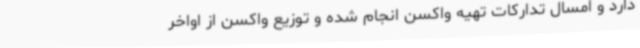
دارد و امسال تدارکات تهیه واکسن انجام شده و توزیع واکسن از اواخر